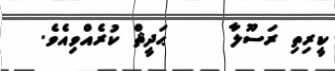
ކީރިތި ރަސޫލާ     ޙަދީޘް ކުރެއްވިއެވެ.